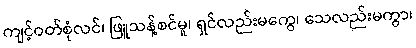
ကျင့်ဝတ်စုံလင်၊ ဖြူသန့်စင်မူ၊ ရှင်လည်းမကွေ၊ သေလည်းမကွာ၊